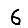
Digit: 6